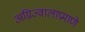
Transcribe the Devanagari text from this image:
अग्निज्वालाप्रमाणे